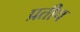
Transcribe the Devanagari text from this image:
प्रतीच